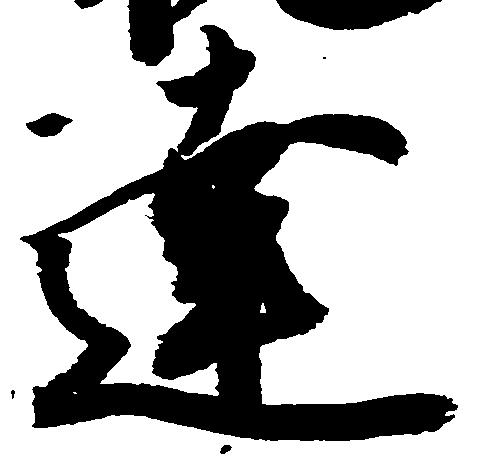
達